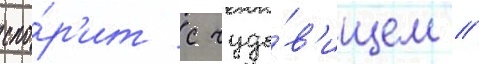
спо́р'ит с чудо́в'ищем //